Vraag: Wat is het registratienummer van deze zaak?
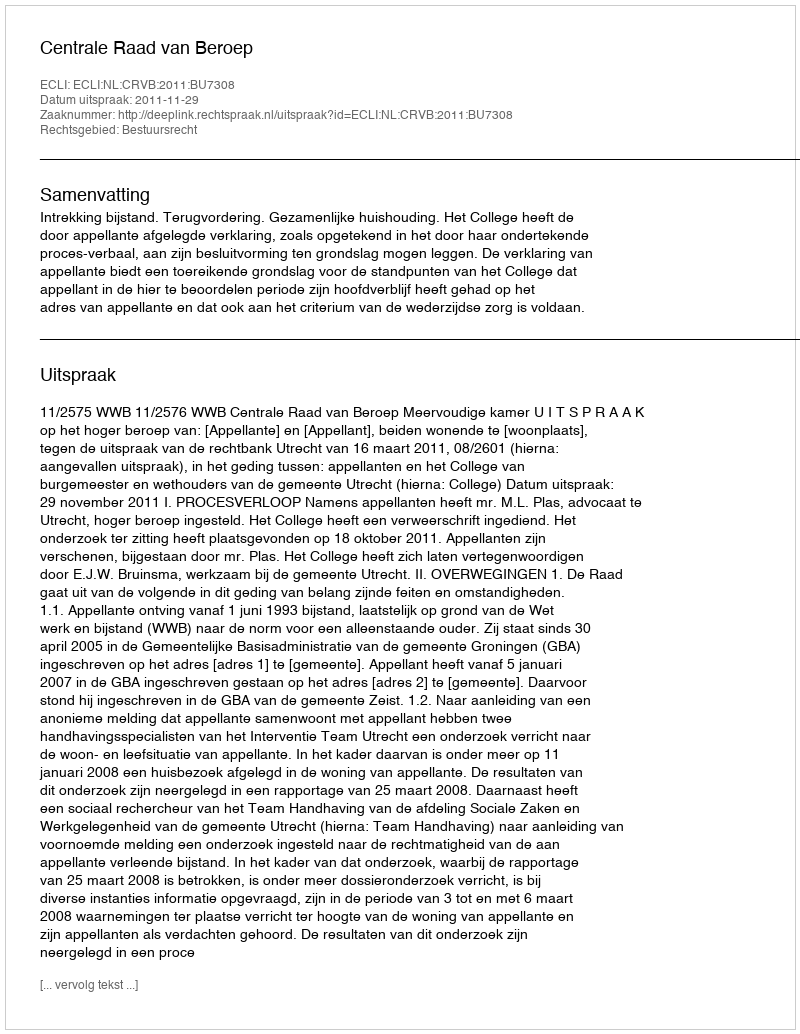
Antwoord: http://deeplink.rechtspraak.nl/uitspraak?id=ECLI:NL:CRVB:2011:BU7308